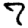
Digit: 7